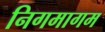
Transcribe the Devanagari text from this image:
निगमागम